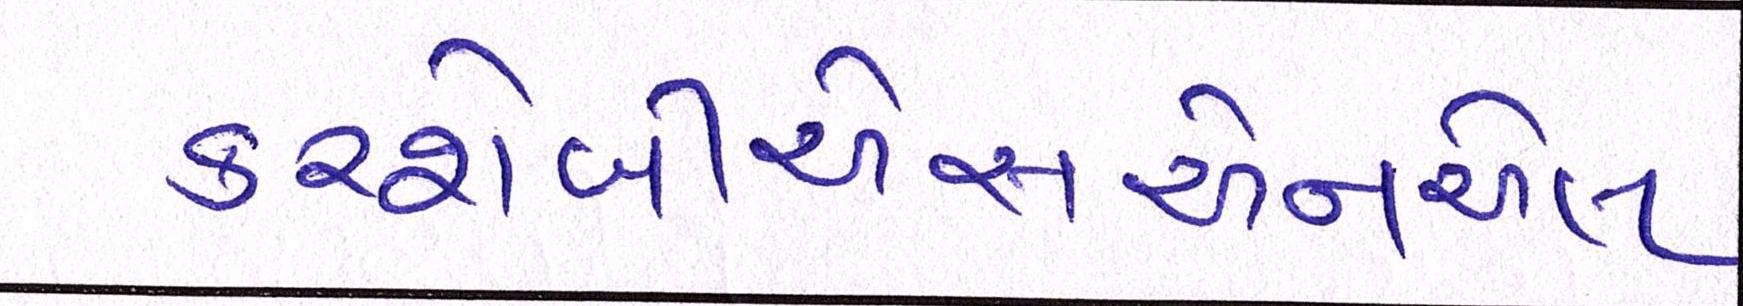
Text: કરશેબીએસએનએલ